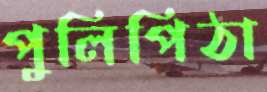
পুলিপিঠা